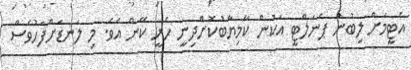
އެޓީމަށް ލިބުނު ޕެނަލްޓީ އަކުން ކާމިޔާބުކޮށްދިނީ ހެރީ ކޭން އެވެ. މި ލަނޑަށްފަހުވެސް